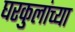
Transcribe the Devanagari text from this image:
घरकुलांच्या